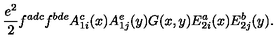
{ \frac { e ^ { 2 } } { 2 } } f ^ { a d c } f ^ { b d e } A _ { 1 i } ^ { c } ( x ) A _ { 1 j } ^ { e } ( y ) G ( x , y ) E _ { 2 i } ^ { a } ( x ) E _ { 2 j } ^ { b } ( y ) .